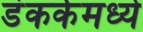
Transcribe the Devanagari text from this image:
डंकर्कमध्ये